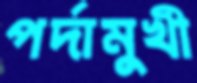
পর্দামুখী